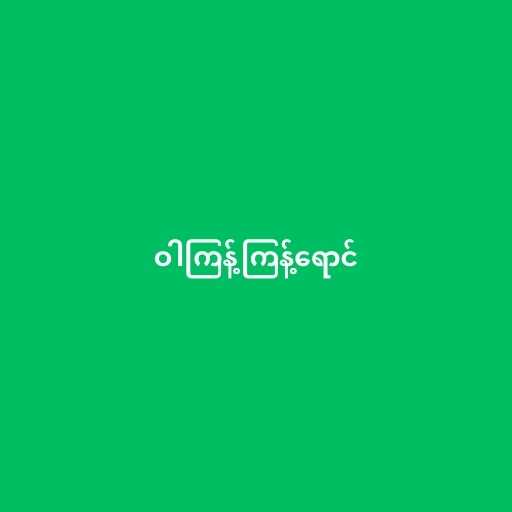
ဝါကြန့်ကြန့်ရောင်